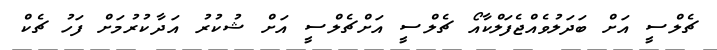
ޗެލްސީ އަށް ބަދަލުވެއްޖެފަލްކާއޯ ޗެލްސީ އަށްޗެލްސީ އަށް ޝުކުރު އަދާކުރުމަށް ފަހު ޗެކް